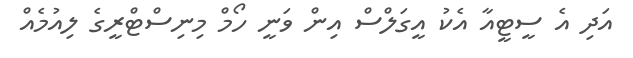
އަދި އެ ސީޓީއާ އެކު އީގަލްސް އިން ވަނީ ހޯމް މިނިސްޓްރީގެ ލިއުމެއް